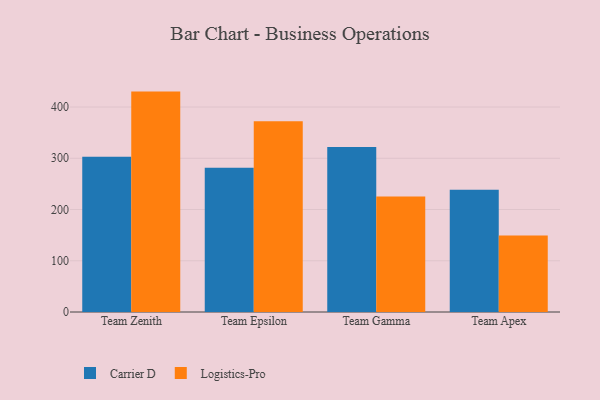
{"axis": {"x": "Team", "y": "Website Visitors"}, "legend": ["Carrier D", "Logistics-Pro"], "data": [{"x": "Team Zenith", "y": 302.8, "type": "Carrier D"}, {"x": "Team Zenith", "y": 430.1, "type": "Logistics-Pro"}, {"x": "Team Epsilon", "y": 281.3, "type": "Carrier D"}, {"x": "Team Epsilon", "y": 372.3, "type": "Logistics-Pro"}, {"x": "Team Gamma", "y": 322.0, "type": "Carrier D"}, {"x": "Team Gamma", "y": 225.4, "type": "Logistics-Pro"}, {"x": "Team Apex", "y": 238.8, "type": "Carrier D"}, {"x": "Team Apex", "y": 149.3, "type": "Logistics-Pro"}]}